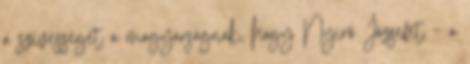
a szívességet a magyarságnak, hogy Nyirő Józsefet – a